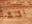
المنشأ